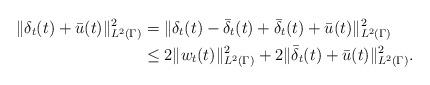
LaTeX: \begin{align*}\|\delta_t(t)+\bar u(t)\|^2_{L^2(\Gamma)} & = \|\delta_t(t)-\bar\delta_t(t)+\bar\delta_t(t)+\bar u(t)\|^2_{L^2(\Gamma)} \\& \leq 2\|w_t(t)\|^2_{L^2(\Gamma)} + 2\|\bar\delta_t(t)+\bar u(t)\|^2_{L^2(\Gamma)}. \end{align*}